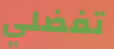
تفضلي